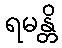
ရမန္တိ